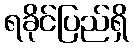
ရခိုင်ပြည်ရှိ